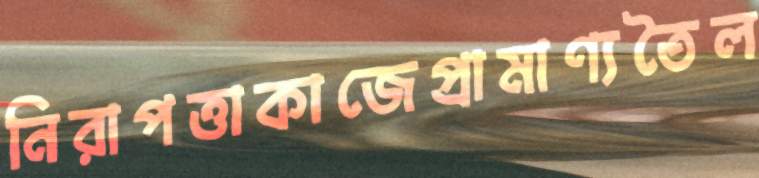
নিরাপত্তাকাজেপ্রামাণ্যতৈল